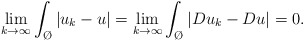
\begin{align*}\lim_{k \to \infty} \int_{\O}|u_k -u|= \lim_{k \to \infty} \int_{\O}|Du_k - Du|=0. \end{align*}